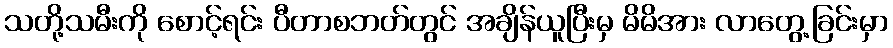
သတို့သမီးကို စောင့်ရင်း ပီတာစဘတ်တွင် အချိန်ယူပြီးမှ မိမိအား လာတွေ့ခြင်းမှာ